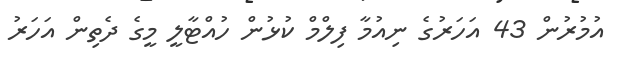
އުމުރުން 43 އަހަރުގެ ނިއުމާ ފިލްމް ކުޅުން ހުއްޓާލީ މީގެ ދެތިން އަހަރު